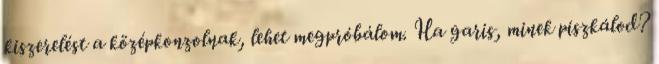
kiszerelést a középkonzolnak, lehet megpróbálom. Ha garis, minek piszkálod?